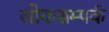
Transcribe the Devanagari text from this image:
लोकसम्पर्क